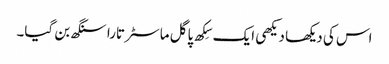
اس کی دیکھا دیکھی ایک سِکھ پاگل ماسٹر تارا سنگھ بن گیا۔